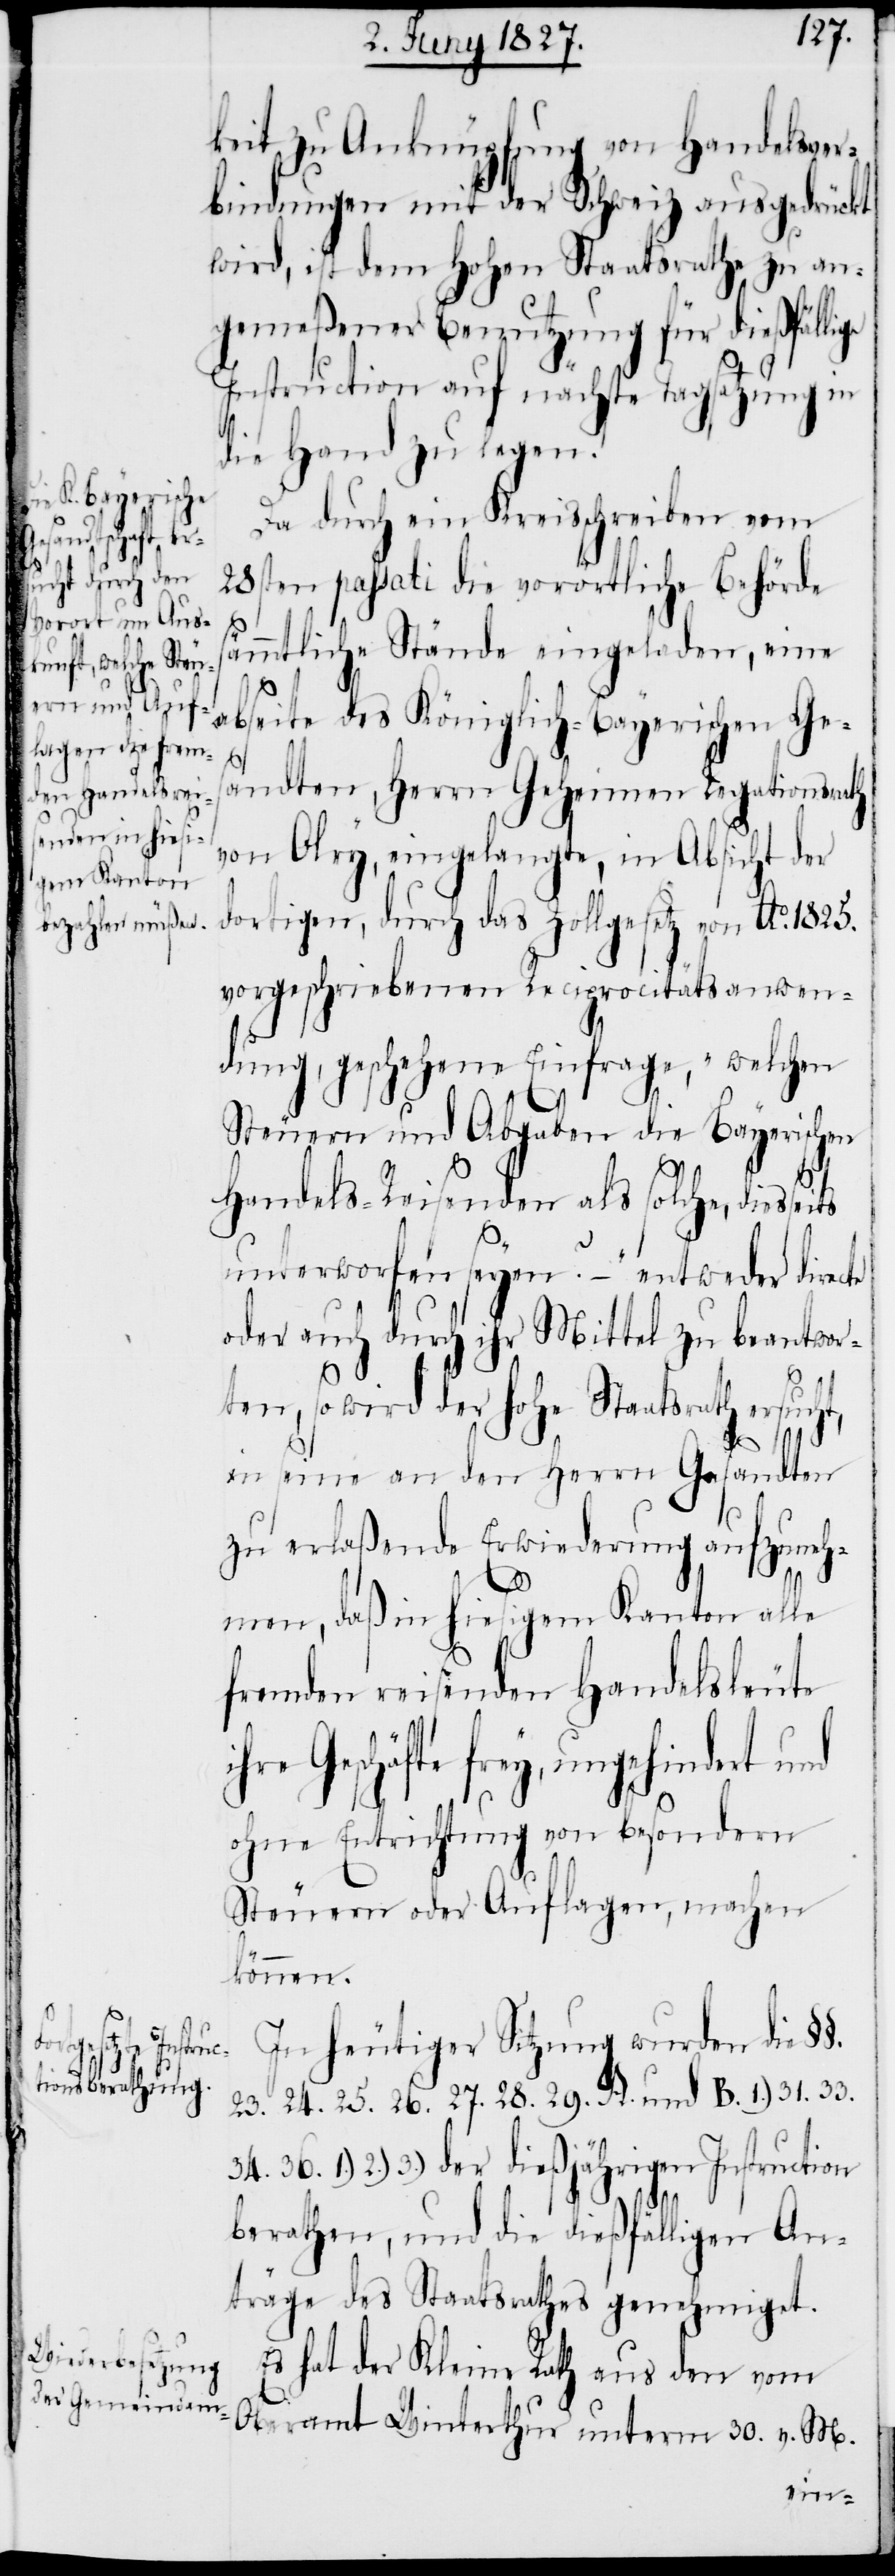
keit zu Anknüpfung von Handelsver¬
bindungen mit der Schweiz ausgedrückt
wird, ist dem Hohen Staatsrathe zu an¬
gemeßener Benutzung für dießfällige
Instruction auf nächste Tagsatzung in
die Hand zu legen.
Da durch ein Kreisschreiben vom
28sten passati die vorörtliche Behörde
sämmtliche Stände eingeladen, eine
abseite des Königlich-Bayerischen Ges¬
andten, Herrn Geheimen Legationsrath
von Olry, eingelangte, in Absicht der
dortigen, durch das Zollgesetz von Ao. 1825.
vorgeschriebenen Reciprocitätsanwen¬
dung, geschehene Einfrage, „welchen
Steuern und Abgaben die Bayerischen
Handels-Reisenden als solche, diesse¬
unterworfen seyen?“ – entweder directe
oder auch durch ihr Mittel zu beantwor¬
34.
ten, so wird der hohe Staatsrath ersucht,
in seine an den Herrn Gesandten
zu erlaßende Erwiederung aufzuneh¬
1.)
men, daß in hiesigem Kanton alle
fremden reisenden Handelsleute
ihre Geschäfte frey, ungehindert und
ohne Entrichtung von bsondern
Steuern oder Auflagen, machen
können.
In heutiger Sitzung wurden die
23. 24. 25. 26. 27. 28. 29. A. und B. 1.) 31.
2.) 3.) der dießjährigen Instruction
berathen, und die dießfälligen An¬
träge des Staatsrathes genehmigt.
Es hat der Kleine Rath aus den vom
Oberamt Winterthur unterm 30. v. M.